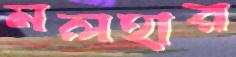
মলহার